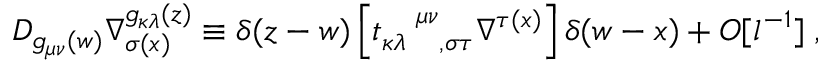
{ \cal D } _ { g _ { \mu \nu } ( w ) } \nabla _ { \sigma ( x ) } ^ { g _ { \kappa \lambda } ( z ) } \equiv \delta ( z - w ) \left[ t _ { \kappa \lambda \ \ \ , \sigma \tau } ^ { \ \ \ \mu \nu } \nabla ^ { \tau ( x ) } \right] \delta ( w - x ) + { \cal O } [ l ^ { - 1 } ] \; ,